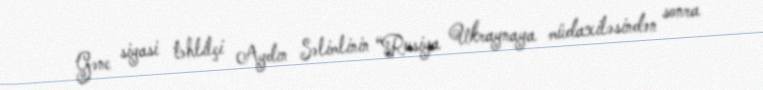
Gənc siyasi təhlilçi Aydın Səlimlinin “Rusiya Ukraynaya müdaxiləsindən sonra